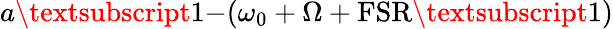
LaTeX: a\textsubscript{1-}(\omega_{0}+\Omega+\textrm{FSR\textsubscript{1}})